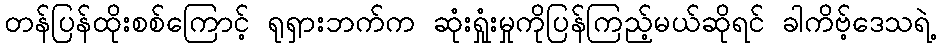
တန်ပြန်ထိုးစစ်ကြောင့် ရုရှားဘက်က ဆုံးရှုံးမှုကိုပြန်ကြည့်မယ်ဆိုရင် ခါကိဗ့်ဒေသရဲ့